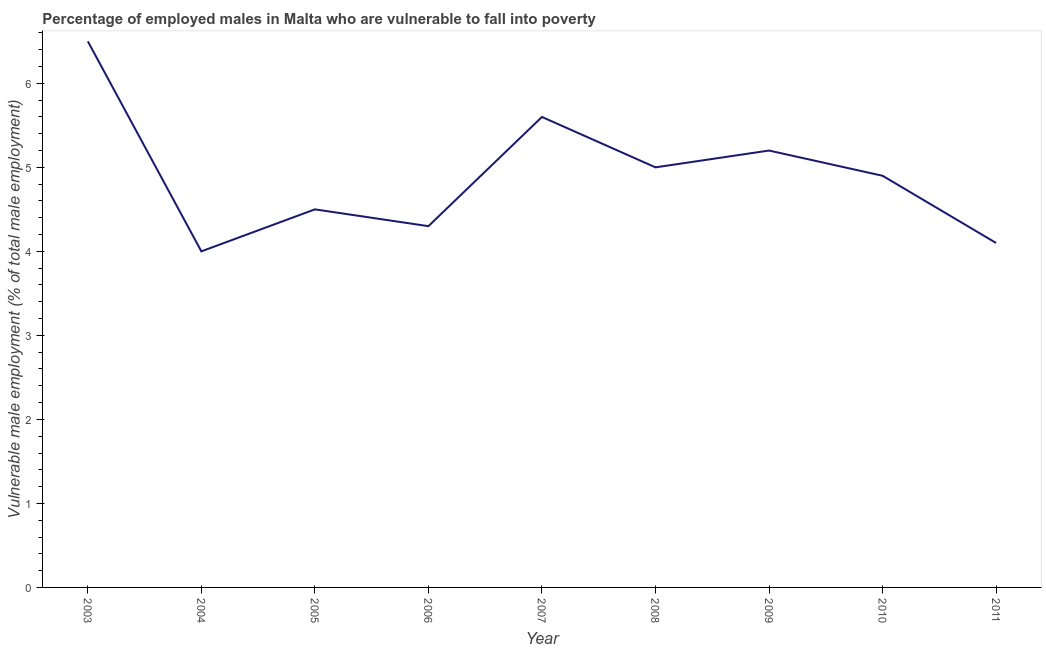
| Year | Percentage of employed males who are vulnerable to fall into poverty |
 | --- | --- |
 | 2003 | 6.5 |
 | 2004 | 4 |
 | 2005 | 4.5 |
 | 2006 | 4.3 |
 | 2007 | 5.6 |
 | 2008 | 5 |
 | 2009 | 5.2 |
 | 2010 | 4.9 |
 | 2011 | 4.1 |